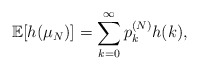
\begin{align*}\mathbb{E}[ h(\mu_{N}) ] = \sum_{k=0}^{\infty} p_{k}^{(N)} h(k), \end{align*}